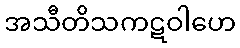
အသီတိသကဋဝါဟေ